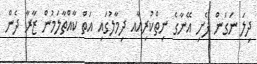
ދިލަ ނަގަން ފެށި އޭނާގެ ނިތްކުރިއާއ ދިމާލުގައި އަތް ކާއްތާލަމުން ޒާރާ ދެން